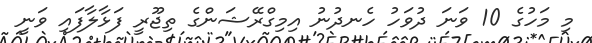
މި މަހުގެ 10 ވަނަ ދުވަހު ހެނދުނު އިމިގްރޭޝަންގެ ތިޖޫރީ ފަޅާލާފައި ވަނީ